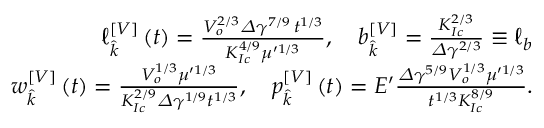
\begin{array} { r } { \ell _ { \widehat { k } } ^ { \left[ V \right] } \left( t \right) = \frac { V _ { o } ^ { 2 / 3 } \varDelta \gamma ^ { 7 / 9 } \, t ^ { 1 / 3 } } { K _ { I c } ^ { 4 / 9 } \mu ^ { \prime 1 / 3 } } , \quad b _ { \widehat { k } } ^ { \left[ V \right] } = \frac { K _ { I c } ^ { 2 / 3 } } { \varDelta \gamma ^ { 2 / 3 } } \equiv \ell _ { b } } \\ { w _ { \widehat { k } } ^ { \left[ V \right] } \left( t \right) = \frac { V _ { o } ^ { 1 / 3 } \mu ^ { \prime 1 / 3 } } { K _ { I c } ^ { 2 / 9 } \varDelta \gamma ^ { 1 / 9 } t ^ { 1 / 3 } } , \quad p _ { \widehat { k } } ^ { \left[ V \right] } \left( t \right) = E ^ { \prime } \frac { \varDelta \gamma ^ { 5 / 9 } V _ { o } ^ { 1 / 3 } \mu ^ { \prime 1 / 3 } } { t ^ { 1 / 3 } K _ { I c } ^ { 8 / 9 } } . } \end{array}